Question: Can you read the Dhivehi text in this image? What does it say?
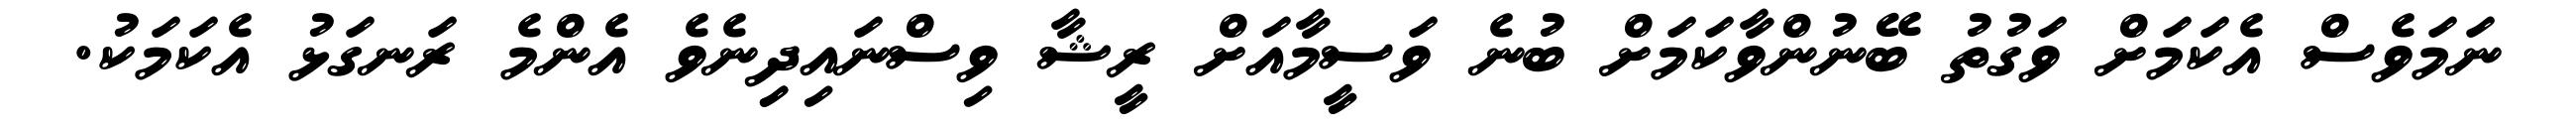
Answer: ނަމަވެސް އެކަމަށް ވަގުތު ބޭނުންވާކަމަށް ބުނެ ވަސީމާއަށް ރީޝާ ވިސްނައިދިިނެވެ އެންމެ ރަނގަޅު އެކަމަކު.